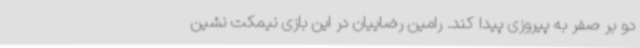
دو بر صفر به پیروزی پیدا کند. رامین رضاییان در این بازی نیمکت نشین